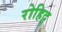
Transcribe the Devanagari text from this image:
रोहिद्